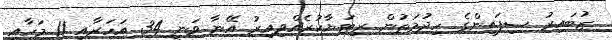
ޒުބައިރު ސިފައިންގެ ހިދުމަތުން ރިޓަޔާކުރެއްވިއިރު އޭނާ ވަނީ 34 އަހަރާއި 11 މަހާއި